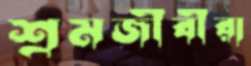
শ্রমজীবীরা